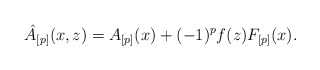
\begin{align*}\hat A_{[p]}(x,z)=A_{[p]}(x)+(-1)^pf(z)F_{[p]}(x).\end{align*}